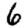
Digit: 6